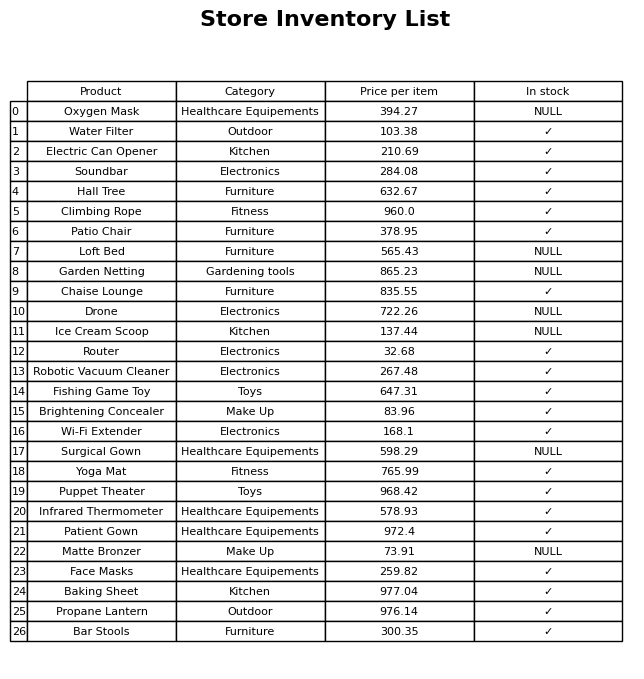
question: What is the price of the Brightening Concealer?
answer: The price of Brightening Concealer is 83.96.